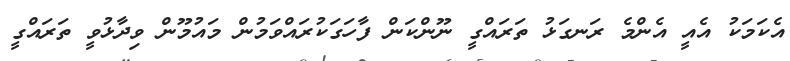
އެކަމަކު އެއީ އެންމެ ރަނގަޅު ތަރައްގީ ނޫންކަން ފާހަގަކުރައްވަމުން މައުމޫން ވިދާޅުވީ ތަރައްގީ